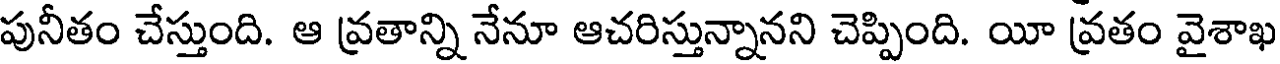
పునీతం చేస్తుంది. ఆ వ్రతాన్ని నేనూ ఆచరిస్తున్నానని చెప్పింది. యీ వ్రతం వైశాఖ